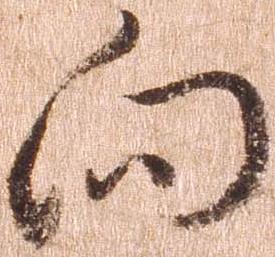
向